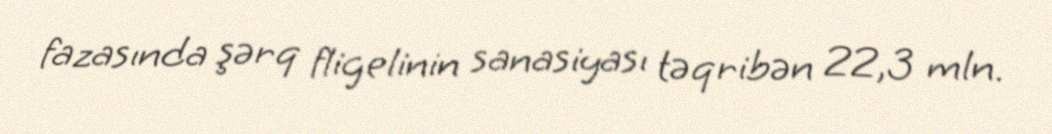
fazasında şərq fligelinin sanasiyası təqribən 22,3 mln.